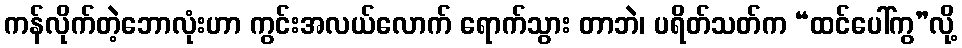
ကန်လိုက်တဲ့ဘောလုံးဟာ ကွင်းအလယ်လောက် ရောက်သွား တာဘဲ၊ ပရိတ်သတ်က “ထင်ပေါ်ကွ”လို့